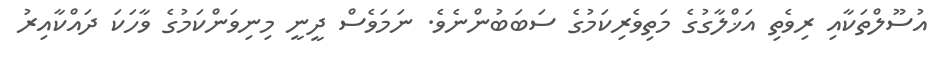
އުސޫލްތަކާއި ރިވެތި އަޚްލާގުގެ މަތިވެރިކަމުގެ ސަބަބުންނެވެ. ނަމަވެސް ދީނީ މިނިވަންކަމުގެ ވާހަކަ ދައްކާއިރު